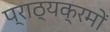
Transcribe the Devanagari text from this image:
प्राठ्यक्रमों